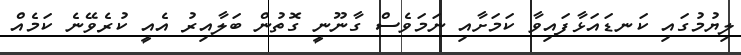
ލިޔުމުގައި ކަނޑައަޅާފައިވާ ކަމަށާއި ނަަމަވެސް ގާނޫނީ ގޮތުން ބަލާއިރު އެއީ ކުރެވޭނެ ކަމެއް